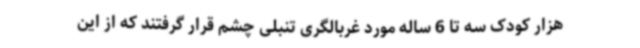
هزار کودک سه تا 6 ساله مورد غربالگری تنبلی چشم قرار گرفتند که از این